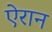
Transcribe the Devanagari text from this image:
ऐरान